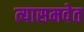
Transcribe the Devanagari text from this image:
त्यासमवेत